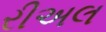
રીઅલ